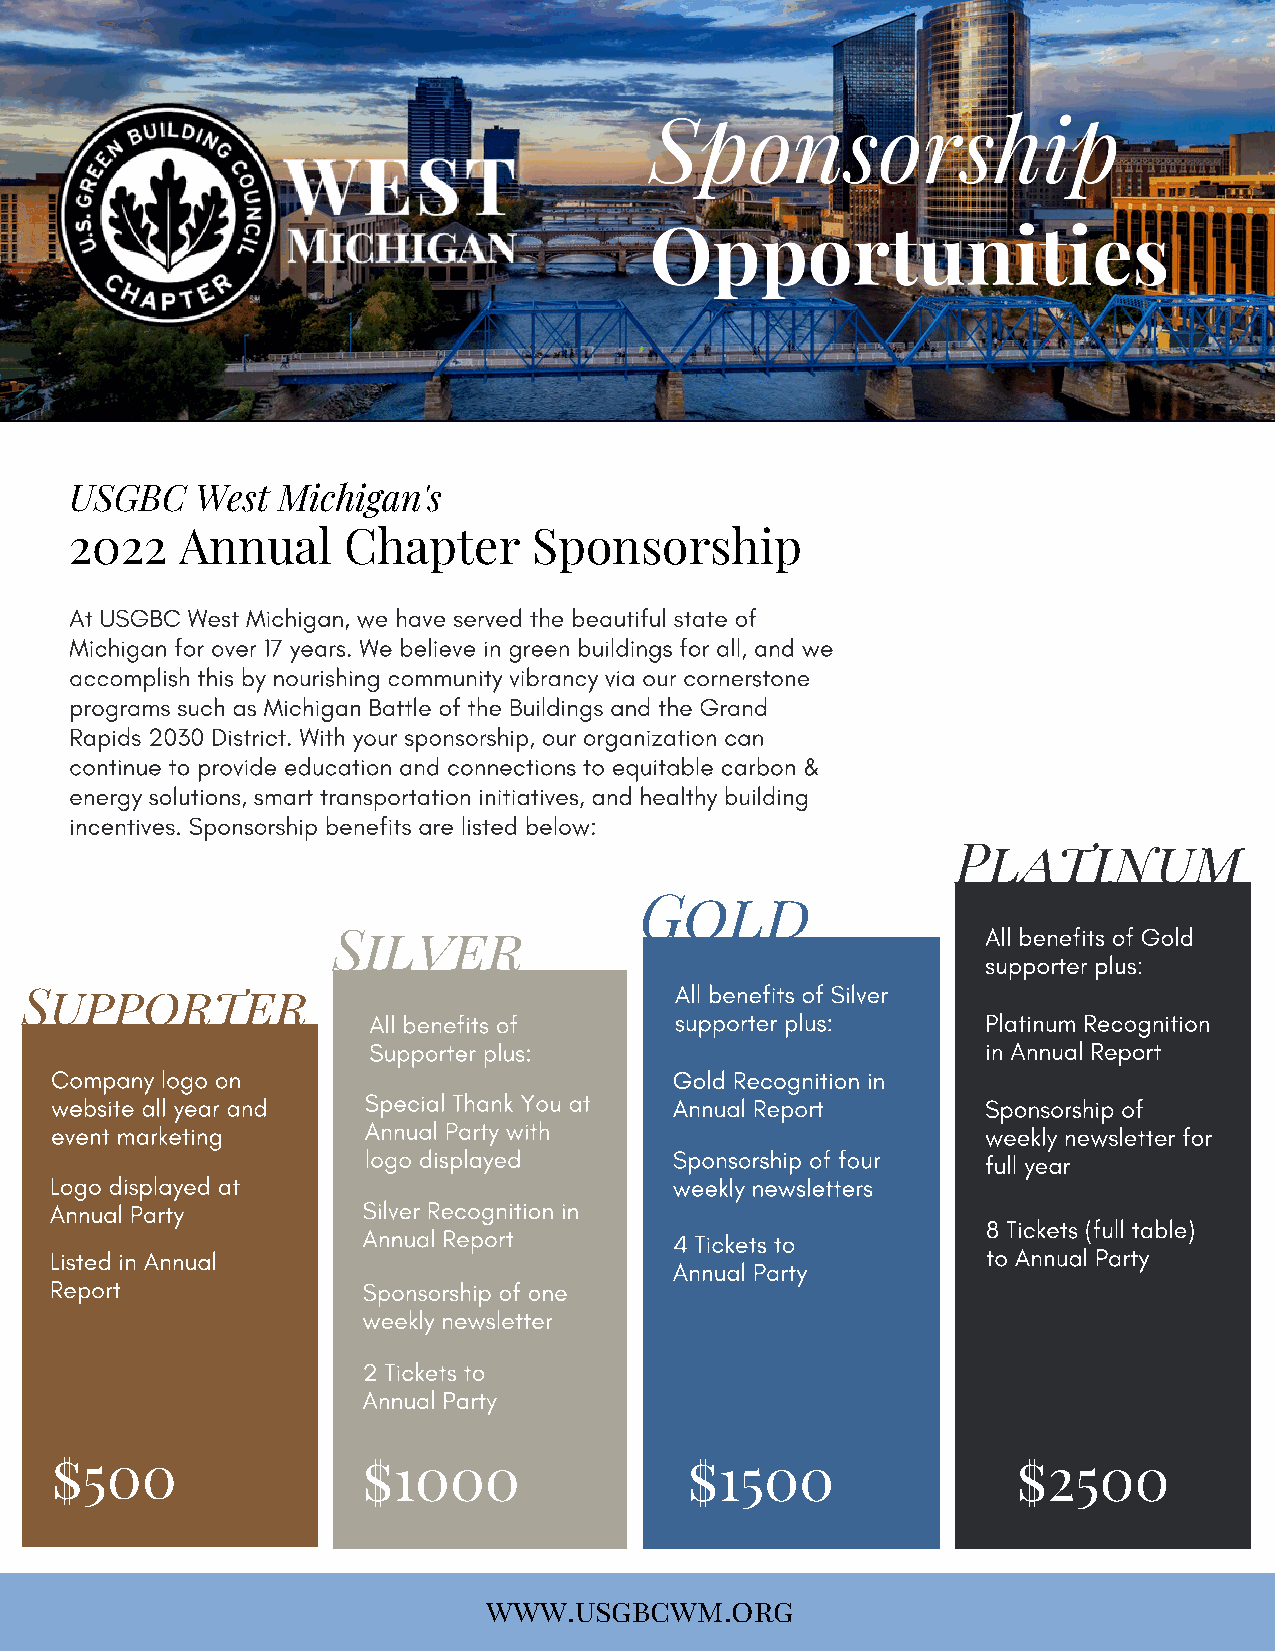
USGBC   West Michigan's
 2022   Annual     Chapter     Sponsorship
 At USGBC West Michigan, we have served the beautiful state of
 Michigan for over 17 years. We believe in green buildings for all, and we
 accomplish this by nourishing community vibrancy via our cornerstone
 programs such as Michigan Battle of the Buildings and the Grand
 Rapids 2030 District. With your sponsorship, our organization can
 continue to provide education and connections to equitable carbon &
 energy solutions, smart transportation initiatives, and healthy building
 incentives. Sponsorship benefits are listed below:
 Platinum
 Gold
 All benefits of Gold
 Silver
 supporter plus:
 All benefits of Silver
 Supporter
 All benefits of      supporter plus:     Platinum Recognition
 Supporter plus:                          in Annual Report
 Company logo on                           Gold Recognition in
 website all year and Special Thank You at Annual Report       Sponsorship of
 event marketing      Annual Party with                        weekly newsletter for
 logo displayed       Sponsorship of four full year
 Logo displayed at                         weekly newsletters
 Annual Party         Silver Recognition in
 8 Tickets (full table)
 Annual Report        4 Tickets to
 Listed in Annual                                              to Annual Party
 Annual Party
 Report               Sponsorship of one
 weekly newsletter
 2 Tickets to
 Annual Party
 $500                 $1000                 $1500                $2500
 www.usgbcwm.org